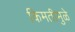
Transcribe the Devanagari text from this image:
किमतीमुळे